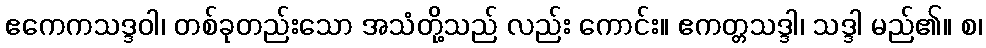
ဧကေကသဒ္ဒဝါ၊ တစ်ခုတည်းသော အသံတို့သည် လည်း ကောင်း။ ဧကတ္တသဒ္ဒါ၊ သဒ္ဒါ မည်၏။ စ၊